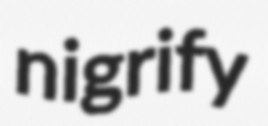
nigrify